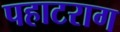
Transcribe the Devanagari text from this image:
पहाटराग